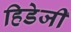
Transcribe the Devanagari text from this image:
हिडेजी